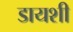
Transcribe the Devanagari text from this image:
डायशी